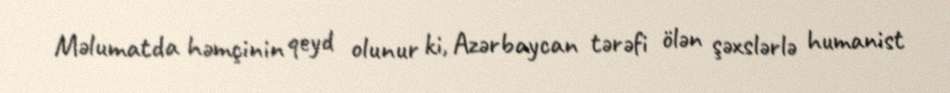
Məlumatda həmçinin qeyd olunur ki, Azərbaycan tərəfi ölən şəxslərlə humanist